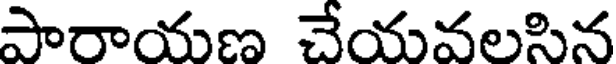
పారాయణ చేయవలసిన